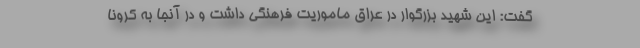
گفت: این شهید بزرگوار در عراق ماموریت فرهنگی داشت و در آنجا به کرونا